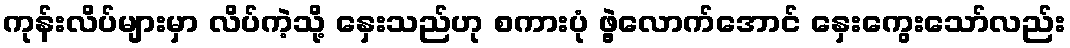
ကုန်းလိပ်များမှာ လိပ်ကဲ့သို့ နှေးသည်ဟု စကားပုံ ဖွဲ့လောက်အောင် နှေးကွေးသော်လည်း